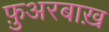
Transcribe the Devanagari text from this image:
फ़ुअरबाख़